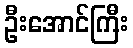
ဦးအောင်ကြီး